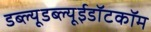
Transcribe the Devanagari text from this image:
डब्ल्यूडब्ल्यूईडॉटकॉम